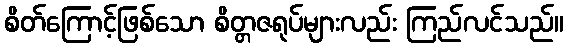
စိတ်ကြောင့်ဖြစ်သော စိတ္တဇရုပ်များလည်း ကြည်လင်သည်။